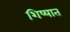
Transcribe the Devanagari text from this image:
शिष्यात